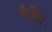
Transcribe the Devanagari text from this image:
कैसिना